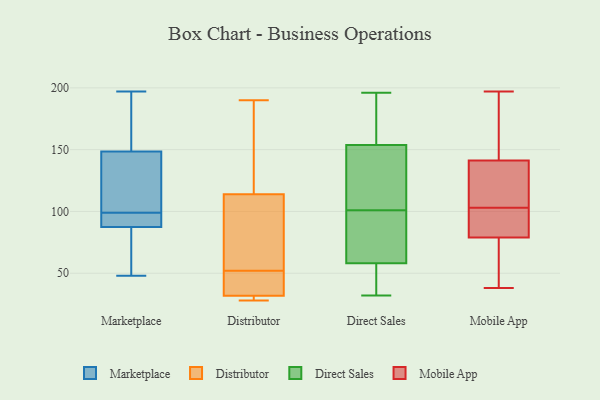
{"axis": {"x": "Net Income (USD K)", "y": "Value"}, "legend": ["Direct Sales", "Distributor", "Marketplace", "Mobile App"], "data": [{"x": "", "y": 48, "type": "Marketplace"}, {"x": "", "y": 106, "type": "Marketplace"}, {"x": "", "y": 197, "type": "Marketplace"}, {"x": "", "y": 92, "type": "Marketplace"}, {"x": "", "y": 69, "type": "Marketplace"}, {"x": "", "y": 89, "type": "Marketplace"}, {"x": "", "y": 145, "type": "Marketplace"}, {"x": "", "y": 152, "type": "Marketplace"}, {"x": "", "y": 181, "type": "Marketplace"}, {"x": "", "y": 137, "type": "Marketplace"}, {"x": "", "y": 92, "type": "Marketplace"}, {"x": "", "y": 86, "type": "Marketplace"}, {"x": "", "y": 32, "type": "Distributor"}, {"x": "", "y": 28, "type": "Distributor"}, {"x": "", "y": 53, "type": "Distributor"}, {"x": "", "y": 138, "type": "Distributor"}, {"x": "", "y": 87, "type": "Distributor"}, {"x": "", "y": 149, "type": "Distributor"}, {"x": "", "y": 31, "type": "Distributor"}, {"x": "", "y": 106, "type": "Distributor"}, {"x": "", "y": 39, "type": "Distributor"}, {"x": "", "y": 28, "type": "Distributor"}, {"x": "", "y": 51, "type": "Distributor"}, {"x": "", "y": 190, "type": "Distributor"}, {"x": "", "y": 52, "type": "Distributor"}, {"x": "", "y": 45, "type": "Direct Sales"}, {"x": "", "y": 85, "type": "Direct Sales"}, {"x": "", "y": 90, "type": "Direct Sales"}, {"x": "", "y": 154, "type": "Direct Sales"}, {"x": "", "y": 49, "type": "Direct Sales"}, {"x": "", "y": 177, "type": "Direct Sales"}, {"x": "", "y": 92, "type": "Direct Sales"}, {"x": "", "y": 161, "type": "Direct Sales"}, {"x": "", "y": 196, "type": "Direct Sales"}, {"x": "", "y": 32, "type": "Direct Sales"}, {"x": "", "y": 95, "type": "Direct Sales"}, {"x": "", "y": 112, "type": "Direct Sales"}, {"x": "", "y": 101, "type": "Direct Sales"}, {"x": "", "y": 42, "type": "Direct Sales"}, {"x": "", "y": 124, "type": "Direct Sales"}, {"x": "", "y": 166, "type": "Direct Sales"}, {"x": "", "y": 153, "type": "Direct Sales"}, {"x": "", "y": 48, "type": "Direct Sales"}, {"x": "", "y": 119, "type": "Direct Sales"}, {"x": "", "y": 118, "type": "Mobile App"}, {"x": "", "y": 197, "type": "Mobile App"}, {"x": "", "y": 64, "type": "Mobile App"}, {"x": "", "y": 103, "type": "Mobile App"}, {"x": "", "y": 102, "type": "Mobile App"}, {"x": "", "y": 84, "type": "Mobile App"}, {"x": "", "y": 103, "type": "Mobile App"}, {"x": "", "y": 38, "type": "Mobile App"}, {"x": "", "y": 163, "type": "Mobile App"}, {"x": "", "y": 111, "type": "Mobile App"}, {"x": "", "y": 91, "type": "Mobile App"}, {"x": "", "y": 41, "type": "Mobile App"}, {"x": "", "y": 169, "type": "Mobile App"}, {"x": "", "y": 44, "type": "Mobile App"}, {"x": "", "y": 127, "type": "Mobile App"}, {"x": "", "y": 134, "type": "Mobile App"}, {"x": "", "y": 174, "type": "Mobile App"}]}